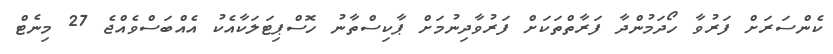
ކެންސަރަށް ފަރުވާ ހޯދަމުންދާ ފަރާތްތަކަށް ފަރުވާދިނުމަށް ޕާކިސްތާނު ހޮސްޕިޓަލަކާއެކު އެއްބަސްވެއްޖެ 27 މިނެޓް